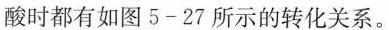
酸时都有如图5-27所示的转化关系。